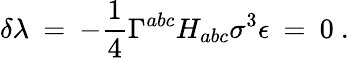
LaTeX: \delta\lambda\: =\: -\frac{1}{4}\Gamma^{abc}H_{abc}\sigma^{3}\epsilon\: =\: 0\ .